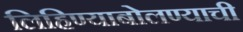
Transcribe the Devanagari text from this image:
लिहिण्याबोलण्याची